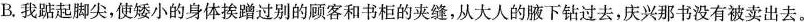
B.我踮起脚尖，使矮小的身体挨蹭过别的顾客和书柜的夹缝，从大人的腋下钻过去，庆兴那书没有被卖出去。